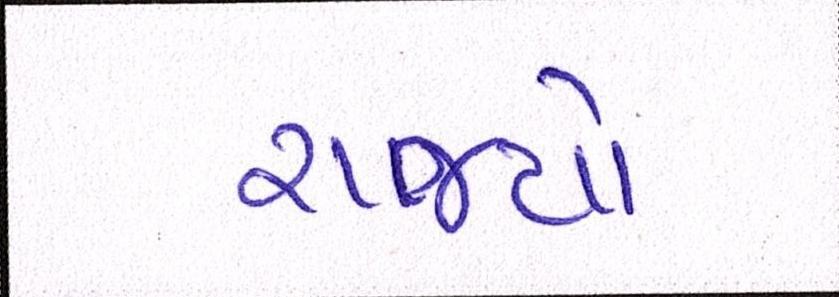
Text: રાજ્યો